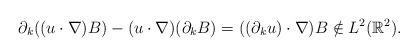
LaTeX: \begin{align*}\partial_k ( (u\cdot \nabla) B) - (u\cdot \nabla)(\partial_k B) = ( (\partial_k u) \cdot \nabla) B\notin L^2(\mathbb R^2).\end{align*}